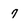
Character: 7